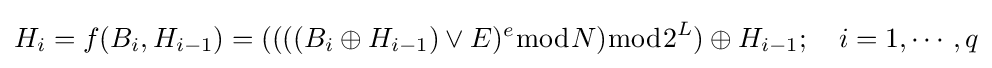
H_{i}=f(B_{i},H_{i-1})=((((B_{i}\oplus H_{i-1})\vee E)^{e}{\bmod {N}}){\bmod {2}}^{L})\oplus H_{i-1};\quad i=1,\cdots ,q